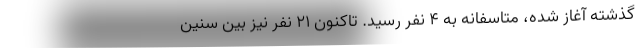
گذشته آغاز شده، متاسفانه به 4 نفر رسید. تاکنون 21 نفر نیز بین سنین